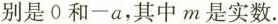
别是0和-a，其中m是实数.